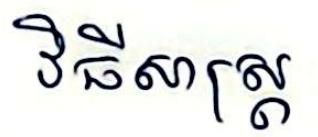
វិធីសាស្ដ្រ